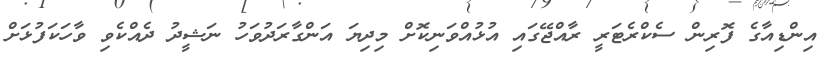
އިންޑިއާގެ ފޮރިން ސެކްރެޓަރީ ރާއްޖޭގައި އުޅުއްވަނިކޮށް މިދިޔަ އަންގާރަދުވަހު ނަޝީދު ދެއްކެވި ވާހަކަފުޅަށް